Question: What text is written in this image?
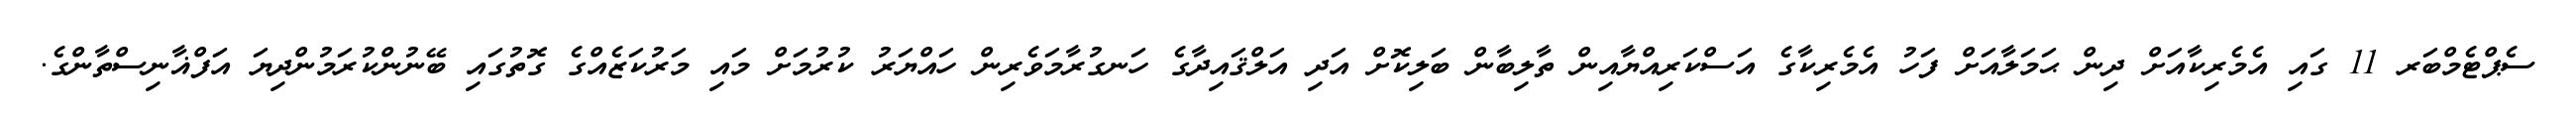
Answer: ސެޕްޓެމްބަރ 11 ގައި އެމެރިކާއަށް ދިން ޙަމަލާއަށް ފަހު އެމެރިކާގެ އަސްކަރިއްޔާއިން ތާލިބާން ބަލިކޮށް އަދި އަލްޤައިދާގެ ހަނގުރާމަވެރިން ހައްޔަރު ކުރުމަށް މައި މަރުކަޒެއްގެ ގޮތުގައި ބޭނުންކުރަމުންދިޔަ އަފްޣާނިސްތާންގެ.